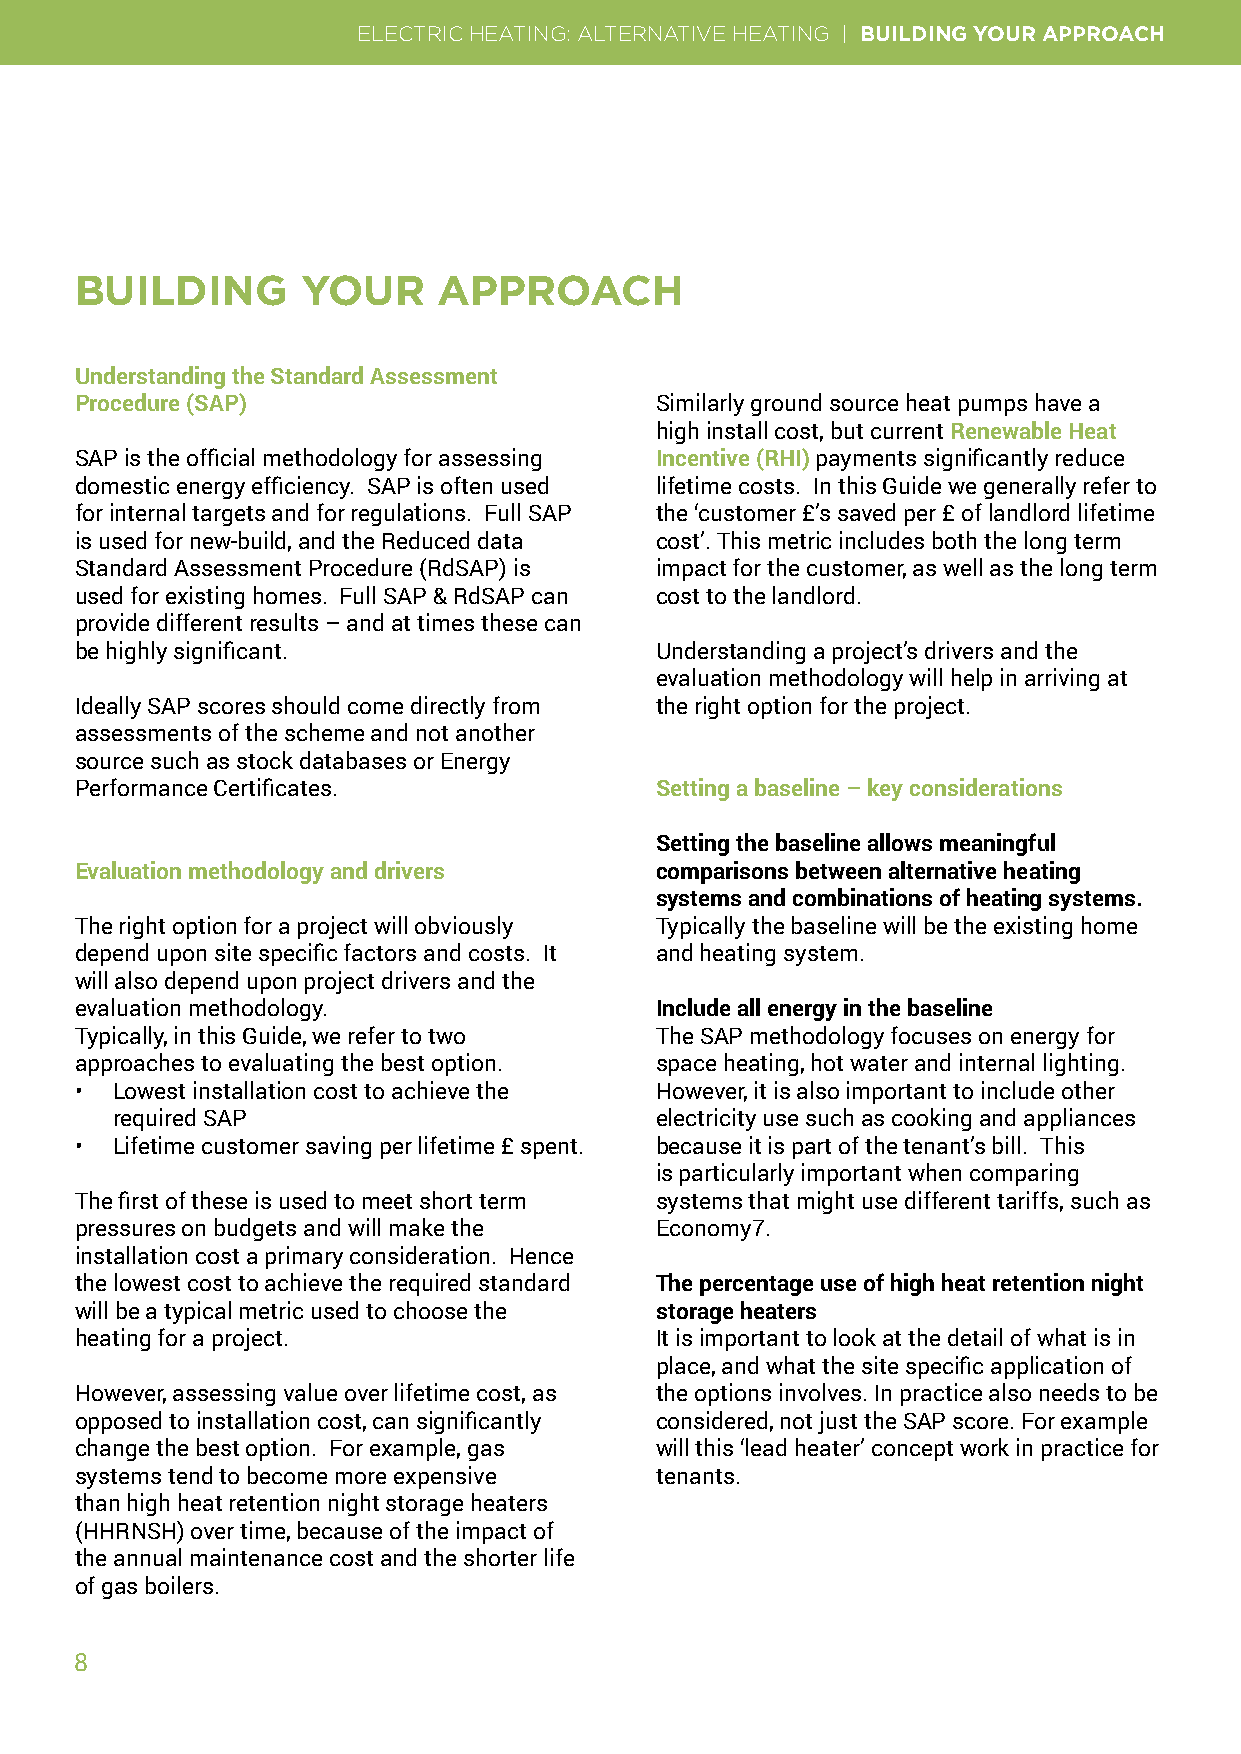
ELECTRIC HEATING: ALTERNATIVE HEATING | BUILDING YOUR APPROACH
 BUILDING       YOUR     APPROACH
 Understanding the Standard Assessment
 Procedure (SAP)                       Similarly ground source heat pumps have a
 high install cost, but current Renewable Heat
 SAP is the official methodology for assessing Incentive (RHI) payments significantly reduce
 domestic energy efficiency. SAP is often used lifetime costs. In this Guide we generally refer to
 for internal targets and for regulations. Full SAP the ‘customer £’s saved per £ of landlord lifetime
 is used for new-build, and the Reduced data cost’. This metric includes both the long term
 Standard Assessment Procedure (RdSAP) is impact for the customer, as well as the long term
 used for existing homes. Full SAP & RdSAP can cost to the landlord.
 provide different results – and at times these can
 be highly significant.                Understanding a project’s drivers and the
 evaluation methodology will help in arriving at
 Ideally SAP scores should come directly from the right option for the project.
 assessments of the scheme and not another
 source such as stock databases or Energy
 Performance Certificates.             Setting a baseline – key considerations
 Setting the baseline allows meaningful
 Evaluation methodology and drivers    comparisons between alternative heating
 systems and combinations of heating systems.
 The right option for a project will obviously Typically the baseline will be the existing home
 depend upon site specific factors and costs. It and heating system.
 will also depend upon project drivers and the
 evaluation methodology.               Include all energy in the baseline
 Typically, in this Guide, we refer to two The SAP methodology focuses on energy for
 approaches to evaluating the best option. space heating, hot water and internal lighting.
 • Lowest installation cost to achieve the However, it is also important to include other
 required SAP                        electricity use such as cooking and appliances
 • Lifetime customer saving per lifetime £ spent. because it is part of the tenant’s bill. This
 is particularly important when comparing
 The first of these is used to meet short term systems that might use different tariffs, such as
 pressures on budgets and will make the Economy7.
 installation cost a primary consideration. Hence
 the lowest cost to achieve the required standard The percentage use of high heat retention night
 will be a typical metric used to choose the storage heaters
 heating for a project.                It is important to look at the detail of what is in
 place, and what the site specific application of
 However, assessing value over lifetime cost, as the options involves. In practice also needs to be
 opposed to installation cost, can significantly considered, not just the SAP score. For example
 change the best option. For example, gas will this ‘lead heater’ concept work in practice for
 systems tend to become more expensive tenants.
 than high heat retention night storage heaters
 (HHRNSH) over time, because of the impact of
 the annual maintenance cost and the shorter life
 of gas boilers.
 8